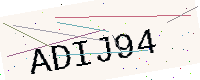
Text: ADIJ94